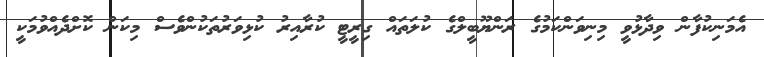
އެމަނިކުފާން ވިދާޅުވީ މިނިވަންކަމުގެ ރަންޔޫބީލްގެ ކުލަތައް ގިރީޓީ ކުރާއިރު ކުޅިވަރުތަކުންވެސް މިކަން ކޮށްދެއްވުމަކީ